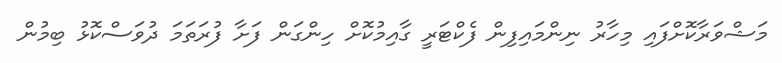
މަޝްވަރާކޮށްފައި މިހާރު ނިންމައިފިން ފެކްޓަރީ ގާއިމުކޮށް ހިންގަން ފަށާ ފުރަތަމަ ދުވަސްކޮޅު ބިމުން